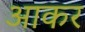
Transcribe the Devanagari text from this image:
अाकर